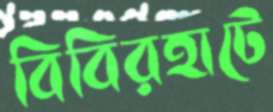
বিবিরহাটে